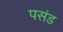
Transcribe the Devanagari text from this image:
पसंड